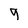
Character: 9